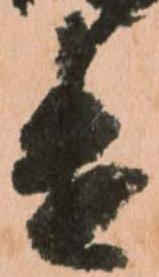
遣